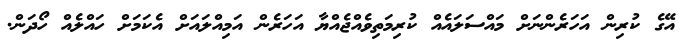
އޭގެ ކުރިން އަހަރެންނަށް މައްސަލައެއް ކުރިމަތިވެއްޖެއްޔާ އަހަރެން އަމިއްލައަށް އެކަމަށް ހައްލެއް ހޯދަން.